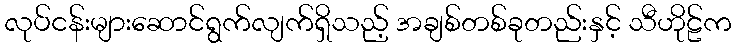
လုပ်ငန်းများဆောင်ရွက်လျက်ရှိသည့် အချစ်တစ်ခုတည်းနှင့် သီဟိုဠ်က